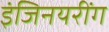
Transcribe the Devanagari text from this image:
इंजिनयरींग